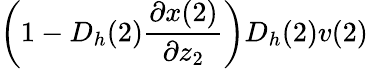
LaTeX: \left(1-D_{h}(2)\frac{\partial x(2)}{\partial z_{2}}\right)D_{h}(2)v(2)